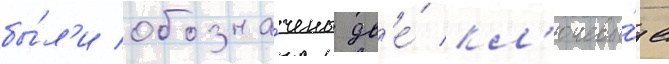
бы́л'и обозна́чены дв'е́ кл'ючевы́е